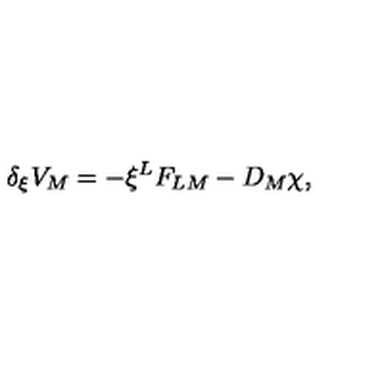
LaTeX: \delta _ { \xi } V _ { M } = - \xi ^ { L } F _ { L M } - D _ { M } \chi , \